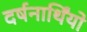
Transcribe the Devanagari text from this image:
दर्षनार्थिंयो